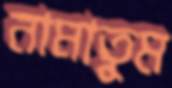
নামাতুম